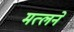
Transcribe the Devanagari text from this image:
मत्लने